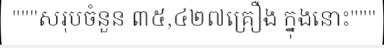
"""សរុបចំនួន ៣៥,៤២៧គ្រឿង ក្នុងនោះ"""